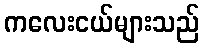
ကလေးငယ်များသည်